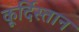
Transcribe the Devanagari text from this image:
कूर्दिस्तान